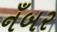
નઁબર